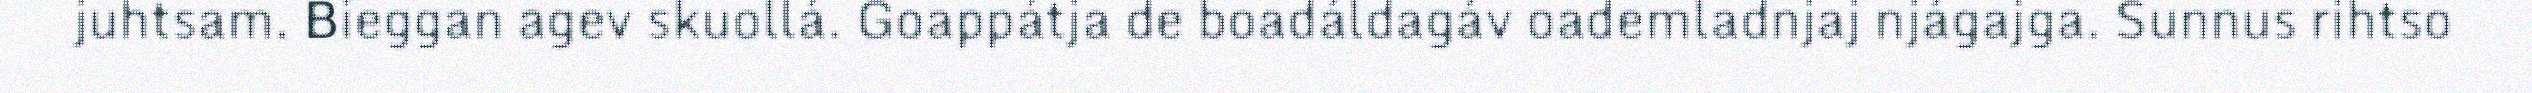
juhtsam. Bieggan agev skuollá. Goappátja de boadáldagáv oademladnjaj njágajga. Sunnus rihtso